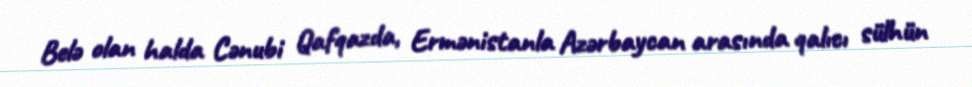
Belə olan halda Cənubi Qafqazda, Ermənistanla Azərbaycan arasında qalıcı sülhün